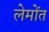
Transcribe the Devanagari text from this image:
लेमोंत